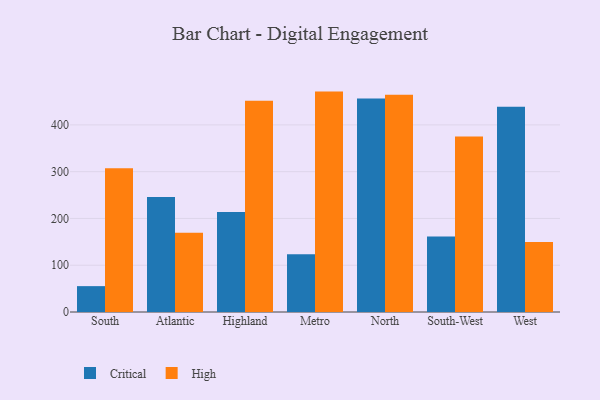
{"axis": {"x": "Region", "y": "Satisfaction Score"}, "legend": ["Critical", "High"], "data": [{"x": "South", "y": 55.3, "type": "Critical"}, {"x": "South", "y": 307.5, "type": "High"}, {"x": "Atlantic", "y": 245.6, "type": "Critical"}, {"x": "Atlantic", "y": 169.5, "type": "High"}, {"x": "Highland", "y": 213.8, "type": "Critical"}, {"x": "Highland", "y": 451.6, "type": "High"}, {"x": "Metro", "y": 123.3, "type": "Critical"}, {"x": "Metro", "y": 471.2, "type": "High"}, {"x": "North", "y": 456.3, "type": "Critical"}, {"x": "North", "y": 464.6, "type": "High"}, {"x": "South-West", "y": 161.4, "type": "Critical"}, {"x": "South-West", "y": 375.3, "type": "High"}, {"x": "West", "y": 438.6, "type": "Critical"}, {"x": "West", "y": 149.4, "type": "High"}]}